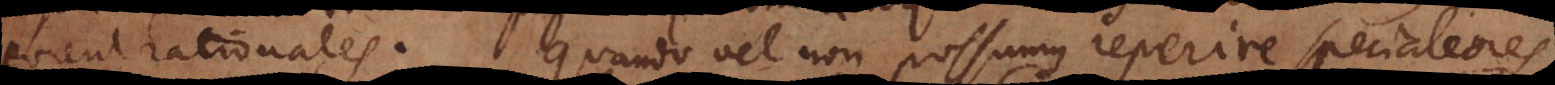
forent rationales. Quando vel non possumus reperire specialiores